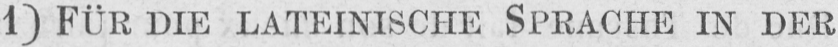
1) FÜR DIE LATEINISCHE SPRACHE IN DER